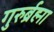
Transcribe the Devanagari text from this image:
गुरुर्ब्रह्मा